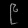
Digit: ၉